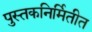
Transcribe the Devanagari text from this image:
पुस्तकनिर्मितीत